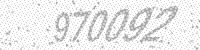
Solution: 970092